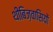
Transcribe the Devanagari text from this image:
थीबिज़वासियों